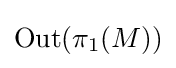
\operatorname {Out} (\pi _{1}(M))